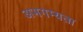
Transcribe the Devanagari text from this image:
अभगम्यता